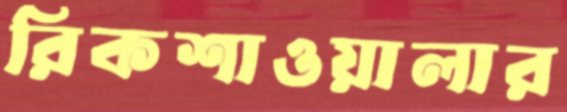
রিকশাওয়ালার